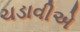
ચડાવીએ